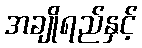
အချိုရည်နှင့်